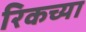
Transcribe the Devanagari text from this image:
रिकच्या